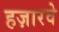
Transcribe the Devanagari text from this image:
हज़ारवे